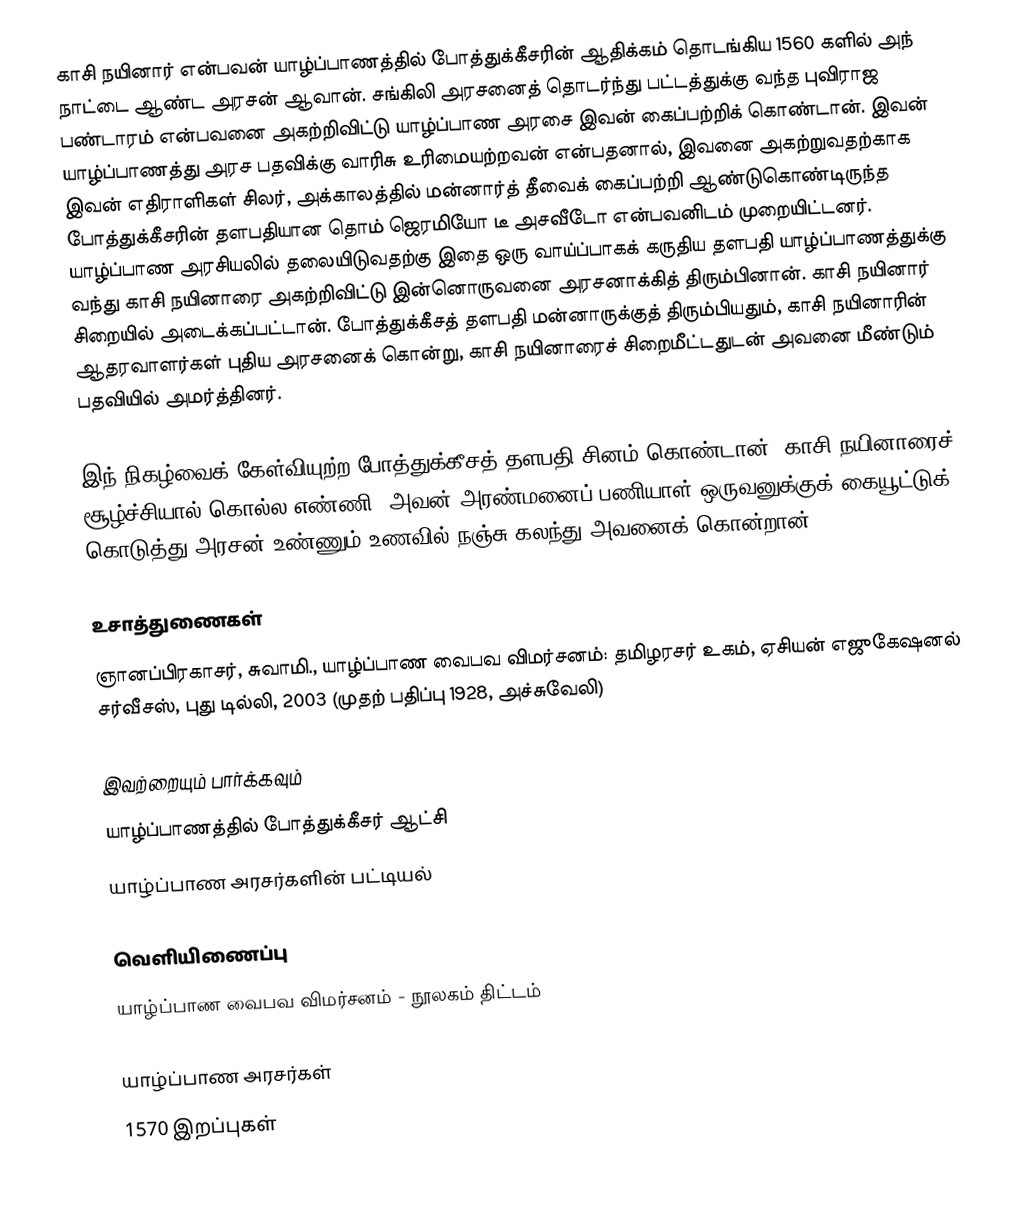
காசி நயினார் என்பவன் யாழ்ப்பாணத்தில் போத்துக்கீசரின் ஆதிக்கம் தொடங்கிய 1560 களில் அந் நாட்டை ஆண்ட அரசன் ஆவான். சங்கிலி அரசனைத் தொடர்ந்து பட்டத்துக்கு வந்த புவிராஜ பண்டாரம் என்பவனை அகற்றிவிட்டு யாழ்ப்பாண அரசை இவன் கைப்பற்றிக் கொண்டான். இவன் யாழ்ப்பாணத்து அரச பதவிக்கு வாரிசு உரிமையற்றவன் என்பதனால், இவனை அகற்றுவதற்காக இவன் எதிராளிகள் சிலர், அக்காலத்தில் மன்னார்த் தீவைக் கைப்பற்றி ஆண்டுகொண்டிருந்த போத்துக்கீசரின் தளபதியான தொம் ஜெரமியோ டீ அசவீடோ என்பவனிடம் முறையிட்டனர். யாழ்ப்பாண அரசியலில் தலையிடுவதற்கு இதை ஒரு வாய்ப்பாகக் கருதிய தளபதி யாழ்ப்பாணத்துக்கு வந்து காசி நயினாரை அகற்றிவிட்டு இன்னொருவனை அரசனாக்கித் திரும்பினான். காசி நயினார் சிறையில் அடைக்கப்பட்டான். போத்துக்கீசத் தளபதி மன்னாருக்குத் திரும்பியதும், காசி நயினாரின் ஆதரவாளர்கள் புதிய அரசனைக் கொன்று, காசி நயினாரைச் சிறைமீட்டதுடன் அவனை மீண்டும் பதவியில் அமர்த்தினர்.

இந் நிகழ்வைக் கேள்வியுற்ற போத்துக்கீசத் தளபதி சினம் கொண்டான். காசி நயினாரைச் சூழ்ச்சியால் கொல்ல எண்ணி, அவன் அரண்மனைப் பணியாள் ஒருவனுக்குக் கையூட்டுக் கொடுத்து அரசன் உண்ணும் உணவில் நஞ்சு கலந்து அவனைக் கொன்றான்.

உசாத்துணைகள்
 ஞானப்பிரகாசர், சுவாமி., யாழ்ப்பாண வைபவ விமர்சனம்: தமிழரசர் உகம், ஏசியன் எஜுகேஷனல் சர்வீசஸ், புது டில்லி, 2003 (முதற் பதிப்பு 1928, அச்சுவேலி)

இவற்றையும் பார்க்கவும்
 யாழ்ப்பாணத்தில் போத்துக்கீசர் ஆட்சி
 யாழ்ப்பாண அரசர்களின் பட்டியல்

வெளியிணைப்பு
 யாழ்ப்பாண வைபவ விமர்சனம்  - நூலகம் திட்டம்

யாழ்ப்பாண அரசர்கள்
1570 இறப்புகள்